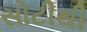
સોટીથી